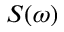
S ( \omega )